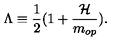
\Lambda \equiv \frac { 1 } { 2 } ( 1 + \frac { { \cal H } } { m _ { o p } } ) .